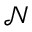
\mathcal { N }